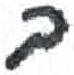
אות: ב